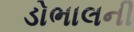
ડોભાલની